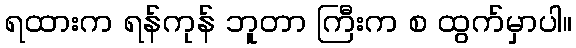
ရထားက ရန်ကုန် ဘူတာ ကြီးက စ ထွက်မှာပါ။